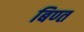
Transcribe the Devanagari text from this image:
बिण्त